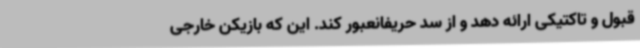
قبول و تاکتیکی ارائه دهد و از سد حریفانعبور کند. این که بازیکن خارجی